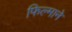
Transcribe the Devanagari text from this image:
फिल्‍माने